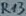
Text: R13